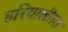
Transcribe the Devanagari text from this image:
हरियालीला